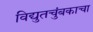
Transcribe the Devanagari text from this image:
विद्युतचुंबकाचा